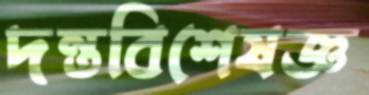
দন্তবিশেষজ্ঞ